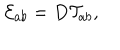
{ \cal E } _ { a b } = D { \cal T } _ { a b } ,